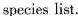
species list.